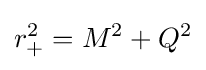
r_{+}^{2}=M^{2}+Q^{2}